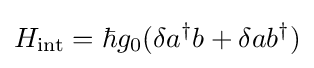
H_{\text{int}}=\hbar g_{0}(\delta a^{\dagger }b+\delta ab^{\dagger })